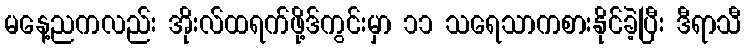
မနေ့ညကလည်း အိုးလ်ထရက်ဖို့ဒ်ကွင်းမှာ ၁၁ သရေသာကစားနိုင်ခဲ့ပြီး ဒီရာသီ